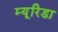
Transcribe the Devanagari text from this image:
म्यूरिडा